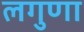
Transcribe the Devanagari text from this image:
लगुणा